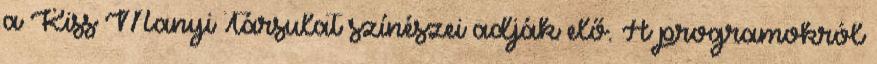
a Kiss Manyi Társulat színészei adják elő. A programokról